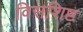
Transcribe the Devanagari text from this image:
विसशिष्ट